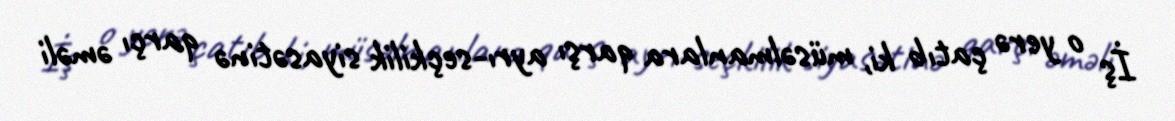
İş o yerə çatıb ki, müsəlmanlara qarşı ayrı-seçkilik siyasətinə qarçı əməli